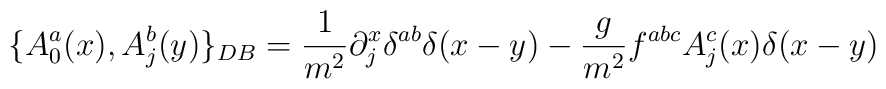
\{A^a_0(x),  A_j^b(y)\}_{DB} = \frac{1}{m^2}\partial_j^x\delta^{ab}  \delta(x-y)-\frac{g}{m^2}f^{abc} A_j^c(x)\delta (x-y)\nonumber